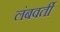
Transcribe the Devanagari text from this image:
लंबवर्ती